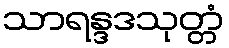
သာရန္ဒဒသုတ္တံ